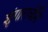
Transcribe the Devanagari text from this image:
शृंगाराचेनि